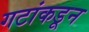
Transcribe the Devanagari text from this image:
गटांकडून